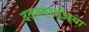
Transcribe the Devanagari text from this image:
दत्तप्रभूंच्या